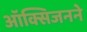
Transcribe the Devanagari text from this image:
ऑक्सिजनने